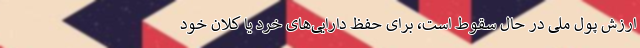
ارزش پول ملی در حال سقوط است، برای حفظ دارایی‌های خرد یا کلان خود